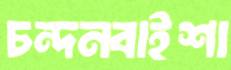
চন্দনবাইশা